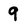
Character: 9